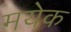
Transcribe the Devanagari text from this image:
मयेक